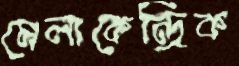
মেলাকেন্দ্রিক